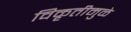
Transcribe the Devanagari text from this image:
विकृतीमुळे